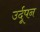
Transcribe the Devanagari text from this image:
उर्दूपन